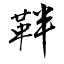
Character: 靽